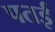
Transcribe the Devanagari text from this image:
पतई